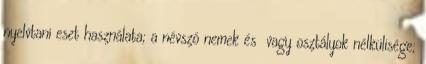
nyelvtani eset használata; a névszó nemek és vagy osztályok nélkülisége;